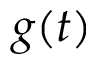
g ( t )